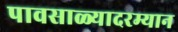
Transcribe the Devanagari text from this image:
पावसाळ्यादरम्यान